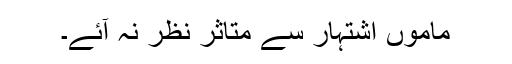
ماموں اشتہار سے متاثر نظر نہ آئے۔